Leaving Certificate Examination (including Day School Certificate (Higher) General paper), 1932
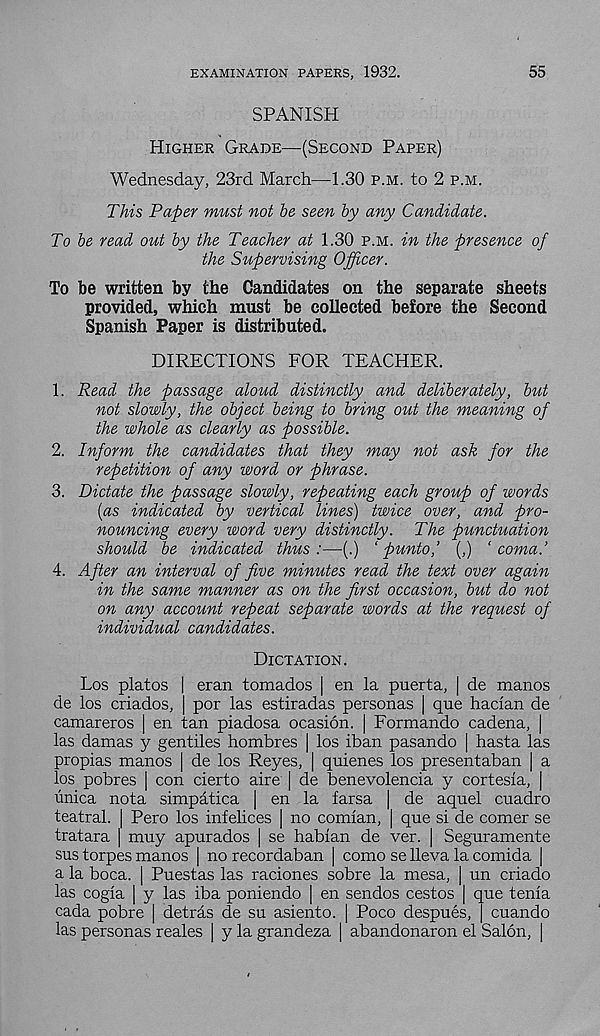
EXAMINATION PAPERS, 1932.
55
SPANISH
Higher Grade—(Second Paper)
Wednesday, 23rd March—1.30 p.m. to 2 p.m.
This Paper must not he seen by any Candidate.
To he read out hy the Teacher at 1.30 p.m. in the presence of
the Supervising Officer.
To be written by the Candidates on the separate sheets
provided, which must be collected before the Second
Spanish Paper is distributed.
DIRECTIONS FOR TEACHER.
1. Read the passage aloud distinctly and deliberately, hut
not slowly, the object being to bring out the meaning of
the whole as clearly as possible.
2. Inform the candidates that they may not ask for the
repetition of any word or phrase.
3. Dictate the passage slowly, repeating each group of words
(as indicated by vertical lines) twice over, and pro-
nouncing every word very distinctly. The punctuation
should be indicated thus:—(.) ‘ punto,’ (,) ‘coma.’
4. After an interval of five minutes read the text over again
in the same manner as on the first occasion, but do not
on any account repeat separate words at the request of
individual candidates.
Dictation.
Los platos | eran tornados | en la puerta, | de manos
de los criados, | por las estiradas personas | que hadan de
camareros | en tan piadosa ocasion. | Formando cadena, |
las damas y gentiles hombres | los iban pasando | hasta las
propias manos | de los Reyes, | quienes los presentaban | a
los pobres | con cierto aire | de benevolencia y cortesla, |
unica nota simpatica | en la farsa | de aquel cuadro
teatral. | Pero los infelices | no comian, | que si de comer se
tratara | muy apurados | se habian de ver. | Seguramente
sus torpes manos | no recordaban | como se lleva la comida |
a la boca. | Puestas las raciones sobre la mesa, | un criado
las cogia | y las iba poniendo | en sendos cestos | que tenia
cada pobre | detras de su asiento. | Poco despues, cuando
las personas reales | y la grandeza | abandonaron el Salon, |